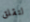
لتقلق